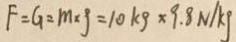
F = G = m \times g = 1 0 k g \times 9 . 8 N / k g